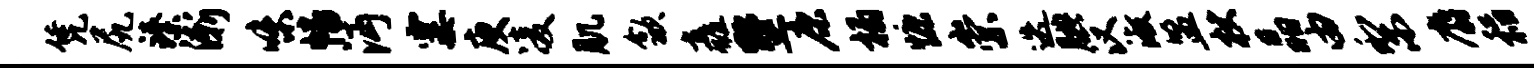
凭尻臻渐味幡沔霎庾凌肌歙矗墅康榻慷崇迭腆汉淑盟杖晶由梨麝稻